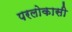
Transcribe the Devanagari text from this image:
परलोकासी